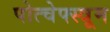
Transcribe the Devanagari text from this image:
पोत्चेफ्स्त्रूम